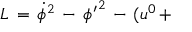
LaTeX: { \cal L } \, = \, \dot { \phi } ^ { 2 } \, - \, { \phi ^ { \prime } } ^ { 2 } \, - \, ( u ^ { 0 } \, +